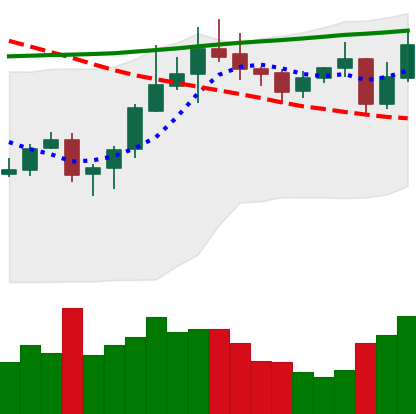
Ticker: ADA-USD
Chart end date: 2020-10-22
Forward return: -7.004%
Label: down_7plus